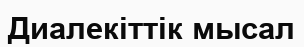
Диалекіттік мысал